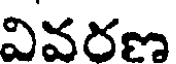
వివరణ